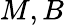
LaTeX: M,B